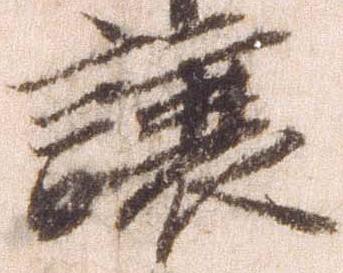
譲